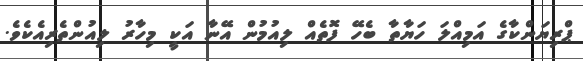
ޕްރިޔަންކާގެ އަމިއްލަ ހަޔާތާ ބެހޭ ފޮތެއް ލިއުމުން އޭނާ އަކީ މިހާރު ލިއުންތެރިއެކެވެ.